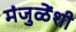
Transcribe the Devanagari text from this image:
मंजुळेंशी